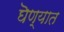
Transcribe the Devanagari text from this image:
घॆण्यात